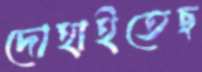
দোহাইতেছ